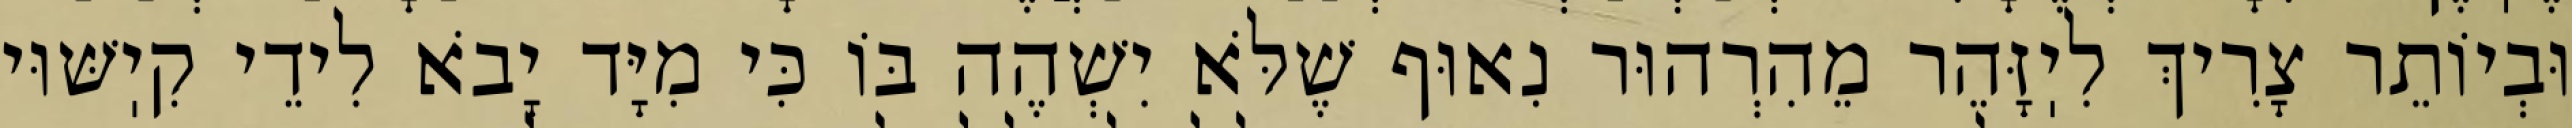
וּבְיוֹתֵר צָרִיךְ לִיֽזָּהֵר מֵהִרְהוּר נִאוּף שֶׁלֹּא יִשְׁהֶה בּוֹ כִּי מִיָּד יָבֹא לִידֵי קִיֽשּׁוּי